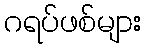
ဂရပ်ဖစ်များ